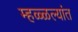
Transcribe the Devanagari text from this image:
म्हळ्ळल्यांत